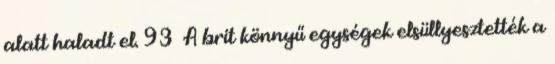
alatt haladt el. 93 A brit könnyű egységek elsüllyesztették a